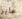
عابر